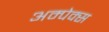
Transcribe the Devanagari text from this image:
अम्पेक्स